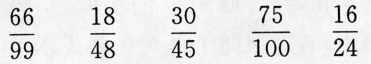
\frac{66}{99} \frac{30}{45} \frac{75}{100} \frac{18}{48} \frac{16}{24}